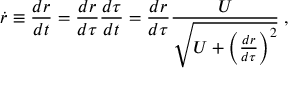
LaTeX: \dot { r } \equiv { \frac { d r } { d t } } = { \frac { d r } { d \tau } } { \frac { d \tau } { d t } } = { \frac { d r } { d \tau } } { \frac { U } { \sqrt { U + \left( { \frac { d r } { d \tau } } \right) ^ { 2 } } } } \; ,